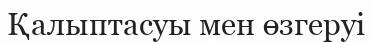
Қалыптасуы мен өзгеруі